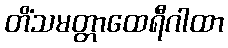
တိံသမတ္တာထေရီဂါထာ